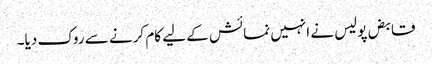
قابض پولیس نے انہیں نمائش کے لیے کام کرنے سے روک دیا۔